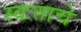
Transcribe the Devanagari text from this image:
स्वःताचे